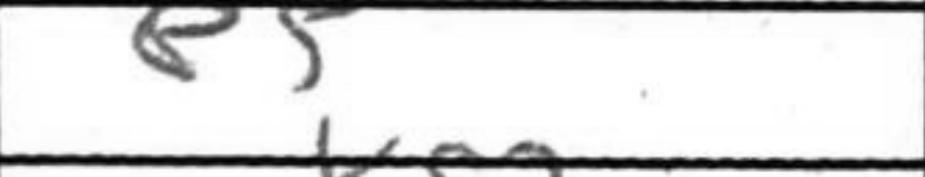
Transcription: e5